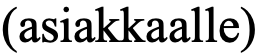
(asiakkaalle)